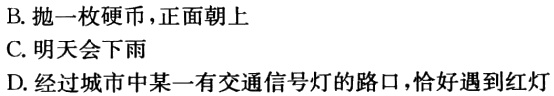
B. 抛一枚硬币，正面朝上
C. 明天会下雨
D. 经过城市中某一有交通信号灯的路口，恰好遇到红灯